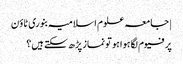
| جامعہ علوم اسلامیہ بنوری ٹاؤن
پرفیوم لگا ہوا ہو تو نماز پڑھ سکتے ہیں؟